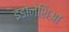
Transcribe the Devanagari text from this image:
इंडोनेशिआ